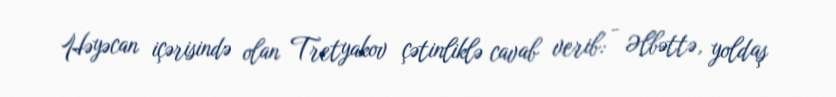
Həyəcan içərisində olan Tretyakov çətinliklə cavab verib: - Əlbəttə, yoldaş